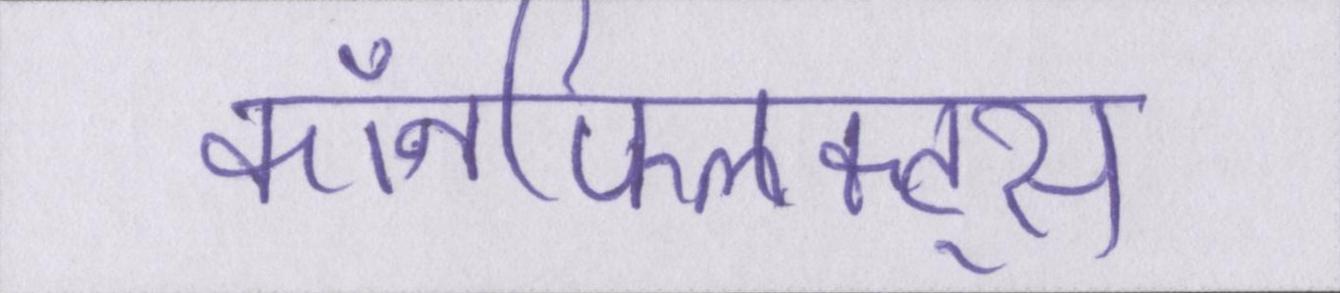
कॉनफ्लिक्ट्स